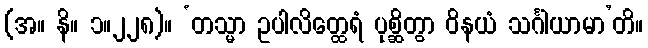
(အ။ နိ။ ၁။၂၂၈)။ ‘တသ္မာ ဥပါလိတ္ထေရံ ပုစ္ဆိတွာ ဝိနယံ သင်္ဂါယာမာ’တိ။